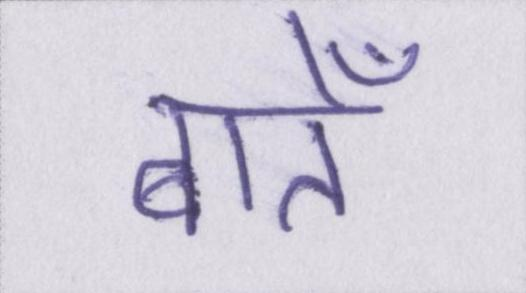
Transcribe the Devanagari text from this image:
बातेँ